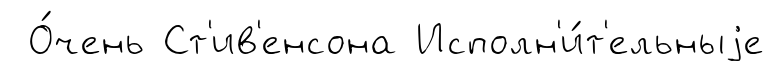
О́чень Ст'ив'енсона Исполн'и́т'ельныjе